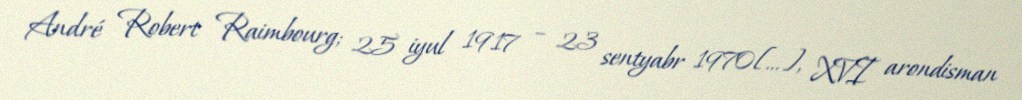
André Robert Raimbourg; 25 iyul 1917 – 23 sentyabr 1970[…], XVI arondisman